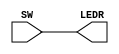
module lab1ex1(LEDR,SW);
    input [9:0] SW;
    output [9:0] LEDR;
    
    assign LEDR = SW;
endmodule